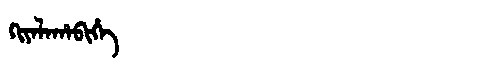
Manchu: ᡴᡳᠶᠠᠯᠠᡥᠠᠪᡳᡥᡝ
Romanization: KIYALAHABIHE